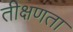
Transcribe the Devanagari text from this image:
तीक्षणता